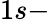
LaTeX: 1s-